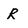
Character: R